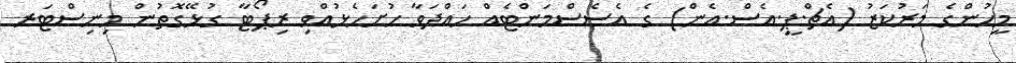
މީހުންގެ މަރުކަޒު (އެޗް.ޕީ.އެސް.އެން) ގެ އެސެސްމަންޓެއް ހައްދަވާ ހުށަހެޅުއްވި ރިޕޯޓާ ގުޅޭގޮތުން މިނިސްޓަރ